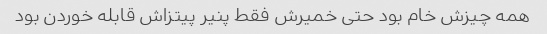
همه چیزش خام بود حتی خمیرش فقط پنیر پیتزاش قابله خوردن بود